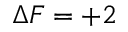
\Delta F = + 2